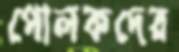
পোলকদের